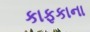
કાફકાના